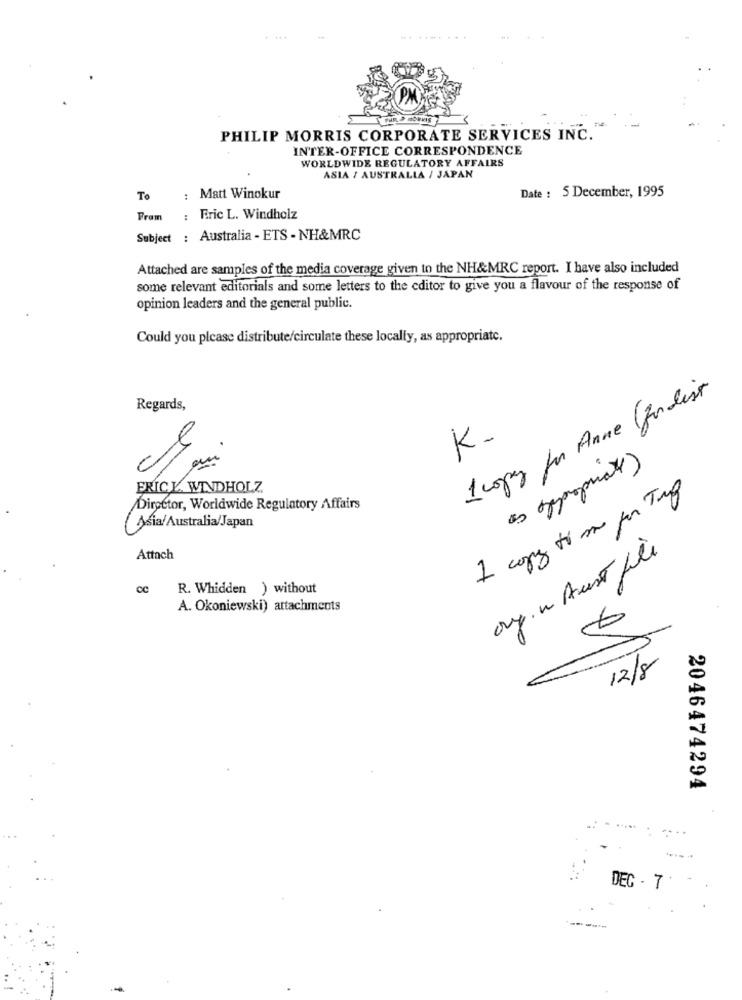
PHILIP MORRIS CORPORATE SERVICES INC.
INTER-OFFICE CORRESPONDENCE
WORLDWIDE REGULATORY AFFAIRS
ASIA / AUSTRALIA / JAPAN
Date : 5 December, 1995
To
: Matt Winokur
Fram
: Fric L. Windholz
Subject : Australia - ETS - NH&MRC
Attached are samples of the media coverage given to the NH&MRC report. I have also included
some relevant editorials and some letters to the editor to give you a flavour of the response of
opinion leaders and the general public.
Could you please distribute/circulate these locally, as appropriate.
1 copy for Anne Jordlist
Regards,
K.
ERICE. WINDHOLZ
1 copy to sou por Tig
Director, Worldwide Regulatory Affairs
Asia/Australia/Japan
org. " Aust Lle
Attach
CC
R. Whidden ) without
A. Okoniewski) attachments
12/8
2046474294
DEC - 7